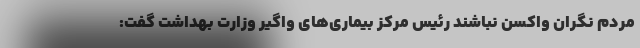
مردم نگران واکسن نباشند رئیس مرکز بیماری‌های واگیر وزارت بهداشت گفت: